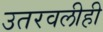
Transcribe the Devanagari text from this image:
उतरवलीही